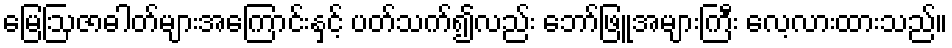
မြေဩဇာဓါတ်များအကြောင်းနှင့် ပတ်သက်၍လည်း ဘော်ဖြူအများကြီး လေ့လားထားသည်။